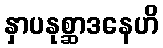
နှာပနုစ္ဆာဒနေဟိ